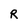
Character: R